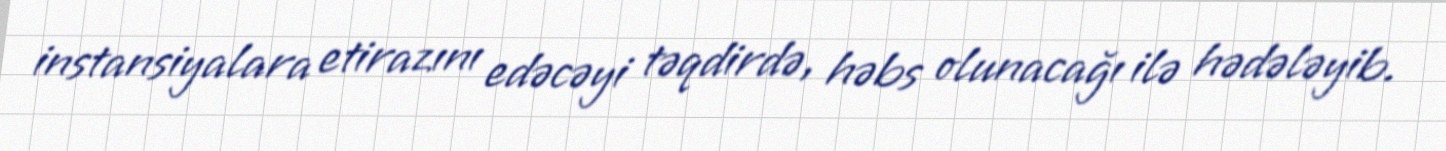
instansiyalara etirazını edəcəyi təqdirdə, həbs olunacağı ilə hədələyib.